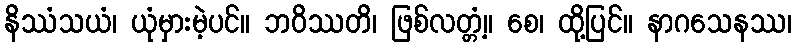
နိဿံသယံ၊ ယုံမှားမဲ့ပင်။ ဘဝိဿတိ၊ ဖြစ်လတ္တံ့။ စေ၊ ထို့ပြင်။ နာဂသေနဿ၊